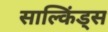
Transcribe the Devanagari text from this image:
साल्किंड्स